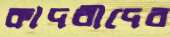
কাদরীদের